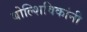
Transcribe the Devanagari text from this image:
बोल्शिविकांनी